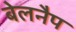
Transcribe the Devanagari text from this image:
बेलनैप